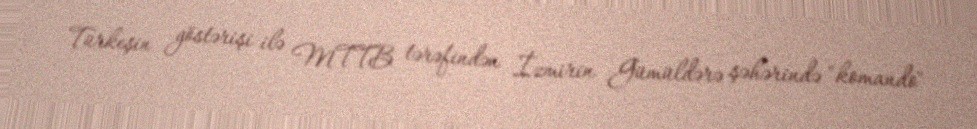
Türkeşin göstərişi ilə MTTB tərəfindən İzmirin Gümüldərə şəhərində "komando"